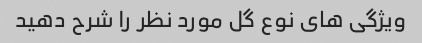
ویژگی های نوع گل مورد نظر را شرح دهید